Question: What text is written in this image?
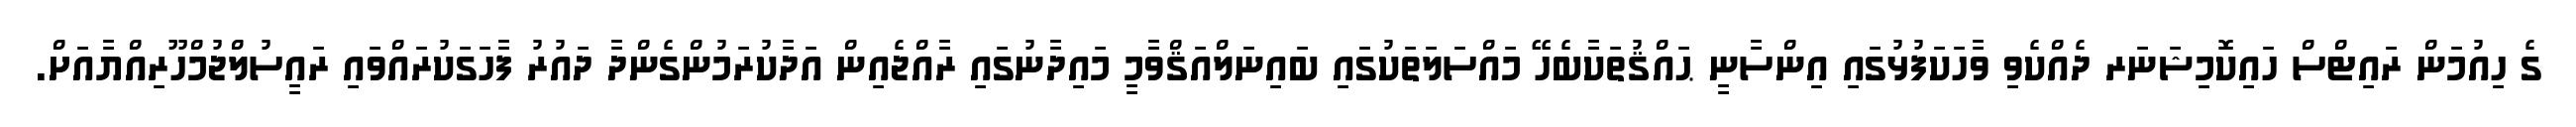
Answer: ގެ ހިއުމަން ރައިޓްސް ހައިކޮމިޝަނަރ ދެއްކެވި ވާހަކަފުޅުގައި އިންސާނީ ޙައްޤުތަކާބެހޭ މައްސަލަތަކުގައި ބައިނަލްއަޤްވާމީ މައިދާނުގައި ރާއްޖެއިން އަދާކުރަމުންގެންދާ ދައުރު ފާހަގަކުރައްވައި ރައީސުލްޖުމްހޫރިއްޔާއަށް.